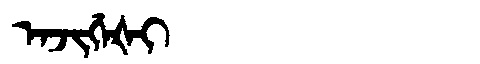
Manchu: ᠠᠵᡳᡤᡝᡧᡳ
Romanization: AJIGEŠI